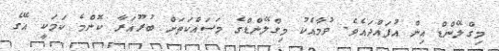
މިގްލޭންޑް އިން އުފައްދައެވެ. ވުމާއެކު މިގްލޭންޑްގެ މަސައްކަތަށް ބުރޫއަރާ ކޮންމެ ކަމަކީ އޭގެ